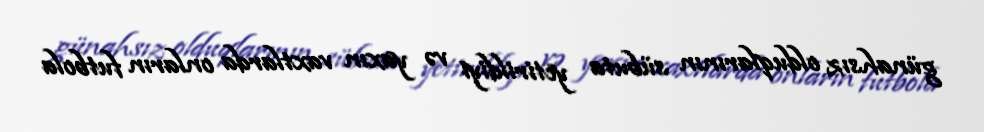
günahsız olduqlarının sübuta yetirildiyi və yaxın vaxtlarda onların futbola